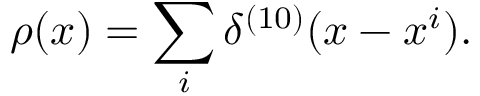
\rho ( x ) = \sum _ { i } \delta ^ { ( 1 0 ) } ( x - x ^ { i } ) .